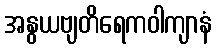
အနွယဗျတိရေကဝါကျာနံ